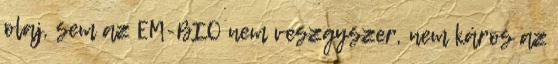
olaj, sem az EM-BIO nem veszgyszer, nem káros az